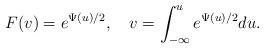
LaTeX: \begin{align*}F(v)=e^{\Psi(u)/2},\quad v=\int_{-\infty}^u e^{\Psi(u)/2} du.\end{align*}